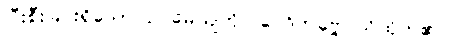
ပြီးစီးခြင်းရှိသော ဥပမေယျကို။ ဝေဒိတဗ္ဗေ၊ သိထိုက်၏။